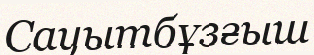
Сауытбұзғыш